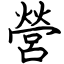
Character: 營